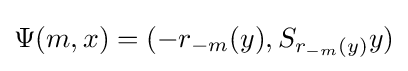
\Psi (m,x)=(-r_{-m}(y),S_{r_{-m}(y)}y)